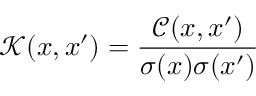
\mathcal { K } ( \boldsymbol { x } , \boldsymbol { x } ^ { \prime } ) = \frac { \mathcal { C } ( \boldsymbol { x } , \boldsymbol { x } ^ { \prime } ) } { \sigma ( \boldsymbol { x } ) \sigma ( \boldsymbol { x } ^ { \prime } ) }